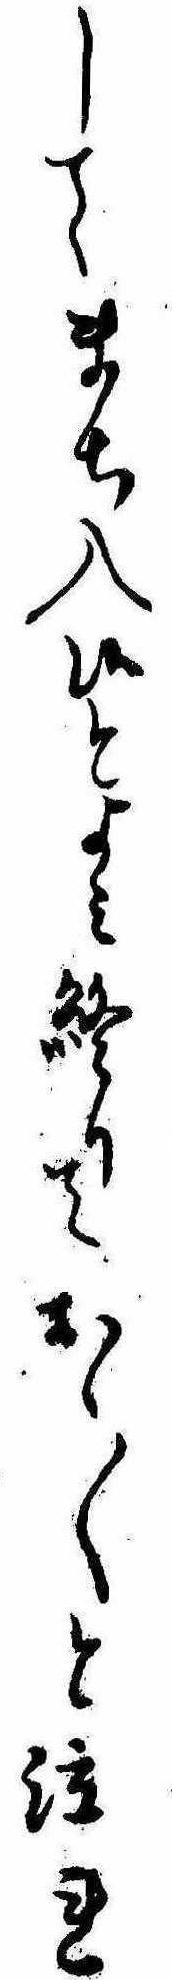
してまち入候とよみ終りておゝ〱と泣れ